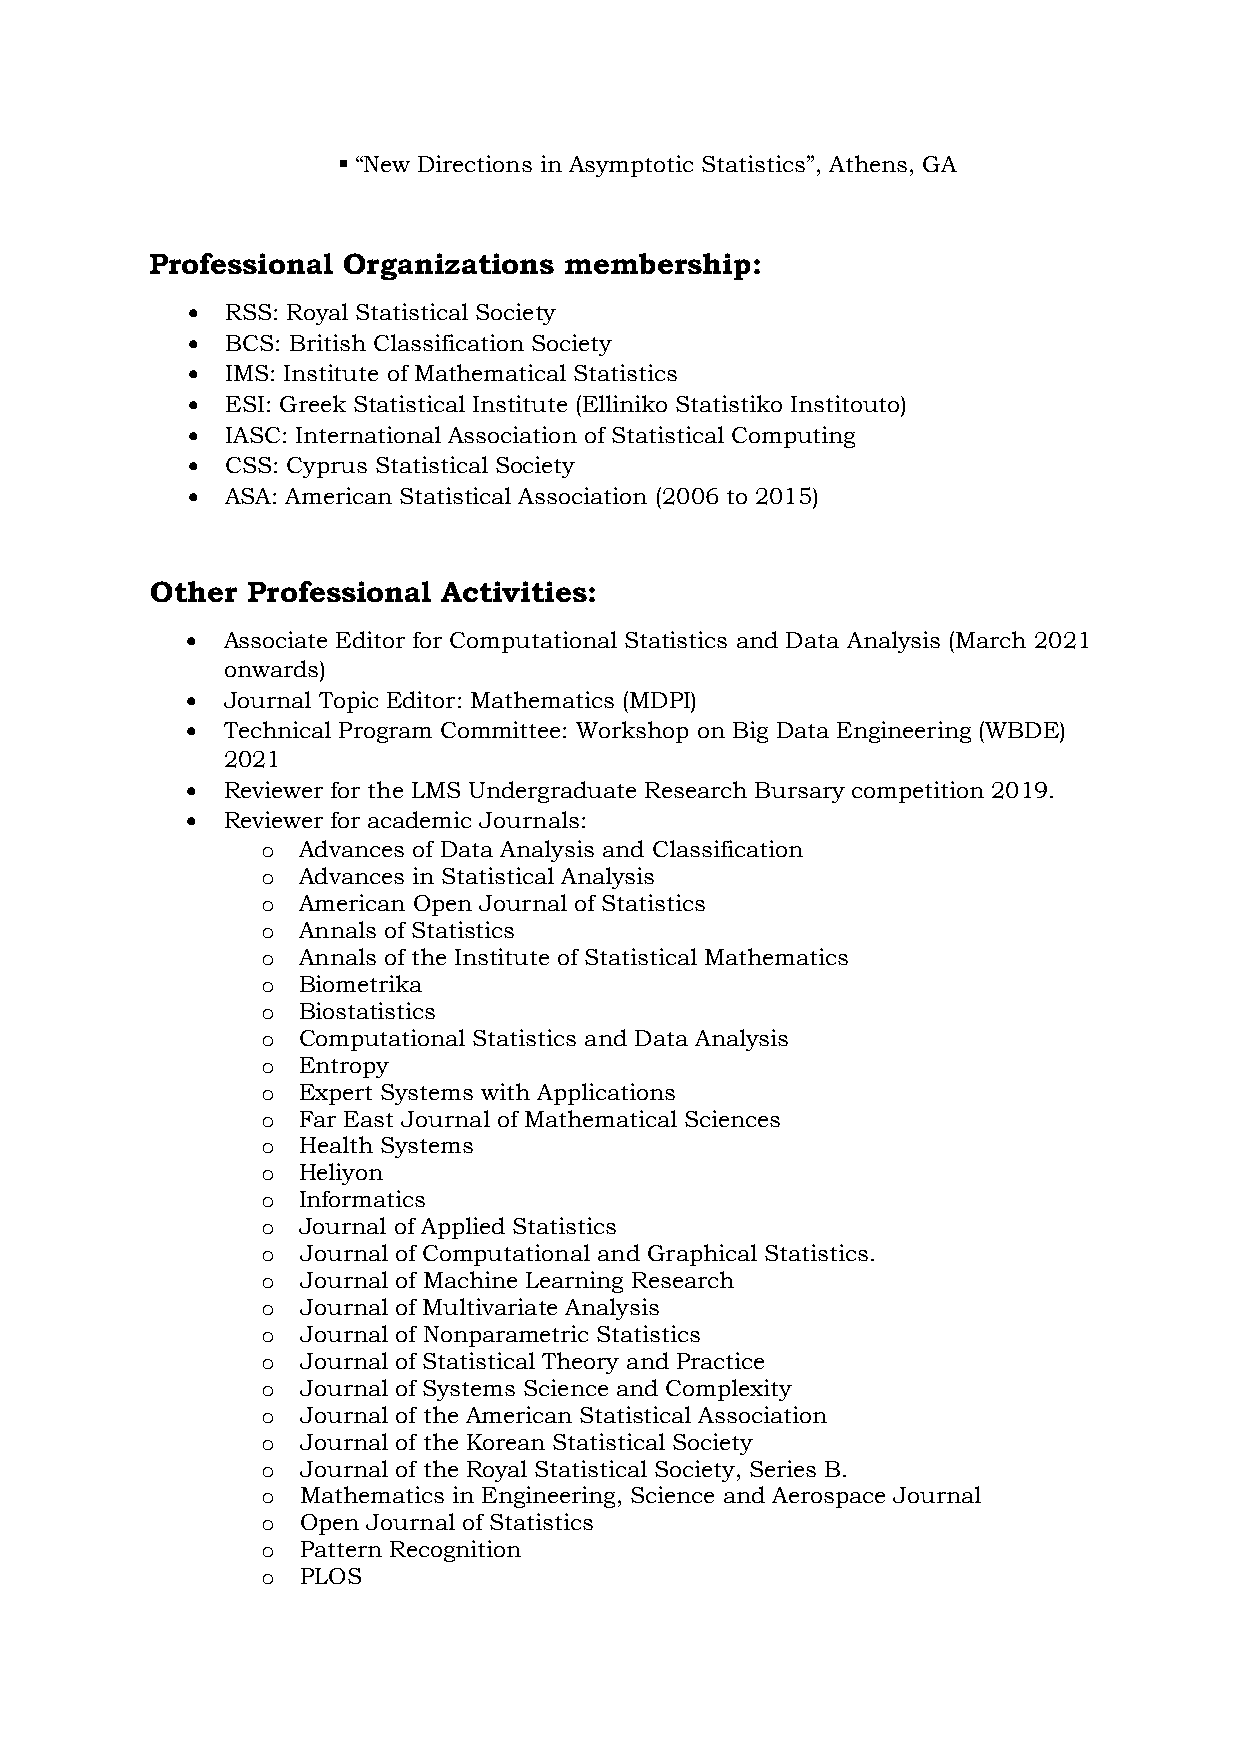
 “New Directions in Asymptotic Statistics”, Athens, GA
 Professional Organizations membership:
   RSS: Royal Statistical Society
   BCS: British Classification Society
   IMS: Institute of Mathematical Statistics
   ESI: Greek Statistical Institute (Elliniko Statistiko Institouto)
   IASC: International Association of Statistical Computing
   CSS: Cyprus Statistical Society
   ASA: American Statistical Association (2006 to 2015)
 Other Professional Activities:
   Associate Editor for Computational Statistics and Data Analysis (March 2021
 onwards)
   Journal Topic Editor: Mathematics (MDPI)
   Technical Program Committee: Workshop on Big Data Engineering (WBDE)
 2021
   Reviewer for the LMS Undergraduate Research Bursary competition 2019.
   Reviewer for academic Journals:
 o  Advances of Data Analysis and Classification
 o  Advances in Statistical Analysis
 o  American Open Journal of Statistics
 o  Annals of Statistics
 o  Annals of the Institute of Statistical Mathematics
 o  Biometrika
 o  Biostatistics
 o  Computational Statistics and Data Analysis
 o  Entropy
 o  Expert Systems with Applications
 o  Far East Journal of Mathematical Sciences
 o  Health Systems
 o  Heliyon
 o  Informatics
 o  Journal of Applied Statistics
 o  Journal of Computational and Graphical Statistics.
 o  Journal of Machine Learning Research
 o  Journal of Multivariate Analysis
 o  Journal of Nonparametric Statistics
 o  Journal of Statistical Theory and Practice
 o  Journal of Systems Science and Complexity
 o  Journal of the American Statistical Association
 o  Journal of the Korean Statistical Society
 o  Journal of the Royal Statistical Society, Series B.
 o  Mathematics in Engineering, Science and Aerospace Journal
 o  Open Journal of Statistics
 o  Pattern Recognition
 o  PLOS